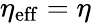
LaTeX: \eta_{\mathrm{eff}}=\eta